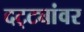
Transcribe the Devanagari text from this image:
दट्ट्यांवर